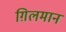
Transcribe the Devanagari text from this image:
ग़िलमान